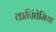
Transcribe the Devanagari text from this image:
कनिंघेमिया